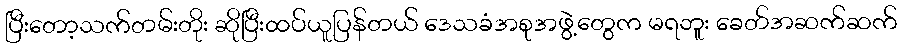
ပြီးတော့သက်တမ်းတိုး ဆိုပြီးထပ်ယူပြန်တယ် ဒေသခံအစုအဖွဲ့တွေက မရဘူး ခေတ်အဆက်ဆက်